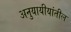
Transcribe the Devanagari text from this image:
अनुयायीयांतील